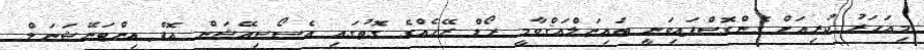
މިއަހަރު ކުރިއަށް ގެންގޮސްފައިވަނީ ބައިނަލްއަޤްވާމީ ރޯޑް ރޭހެއްގެ ގޮތުގައި އެސޯސިއޭޝަން އޮފް އިންޓަނޭޝަނަލް